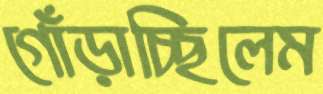
গোঁড়াচ্ছিলেম